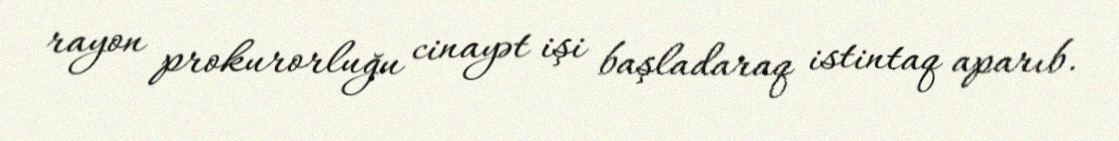
rayon prokurorluğu cinayət işi başladaraq istintaq aparıb.